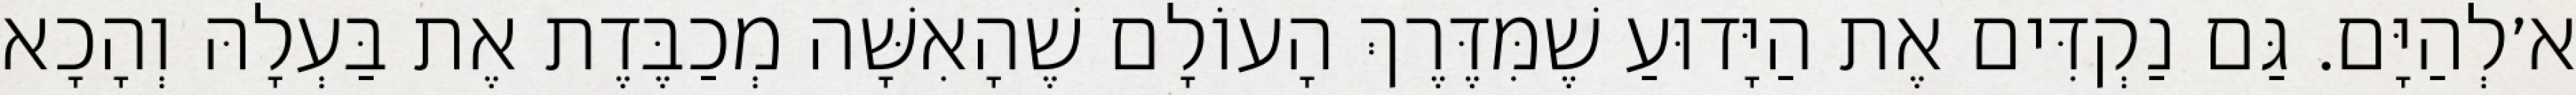
א׳לְהַיָּם. גַּם נַקְדִּים אֶת הַיָּדוּעַ שֶׁמִּדֶּרֶךְ הָעוֹלָם שֶׁהָאִשָּׁה מְכַבֶּדֶת אֶת בַּעְלָהּ וְהָכָא